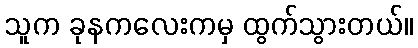
သူက ခုနကလေးကမှ ထွက်သွားတယ်။